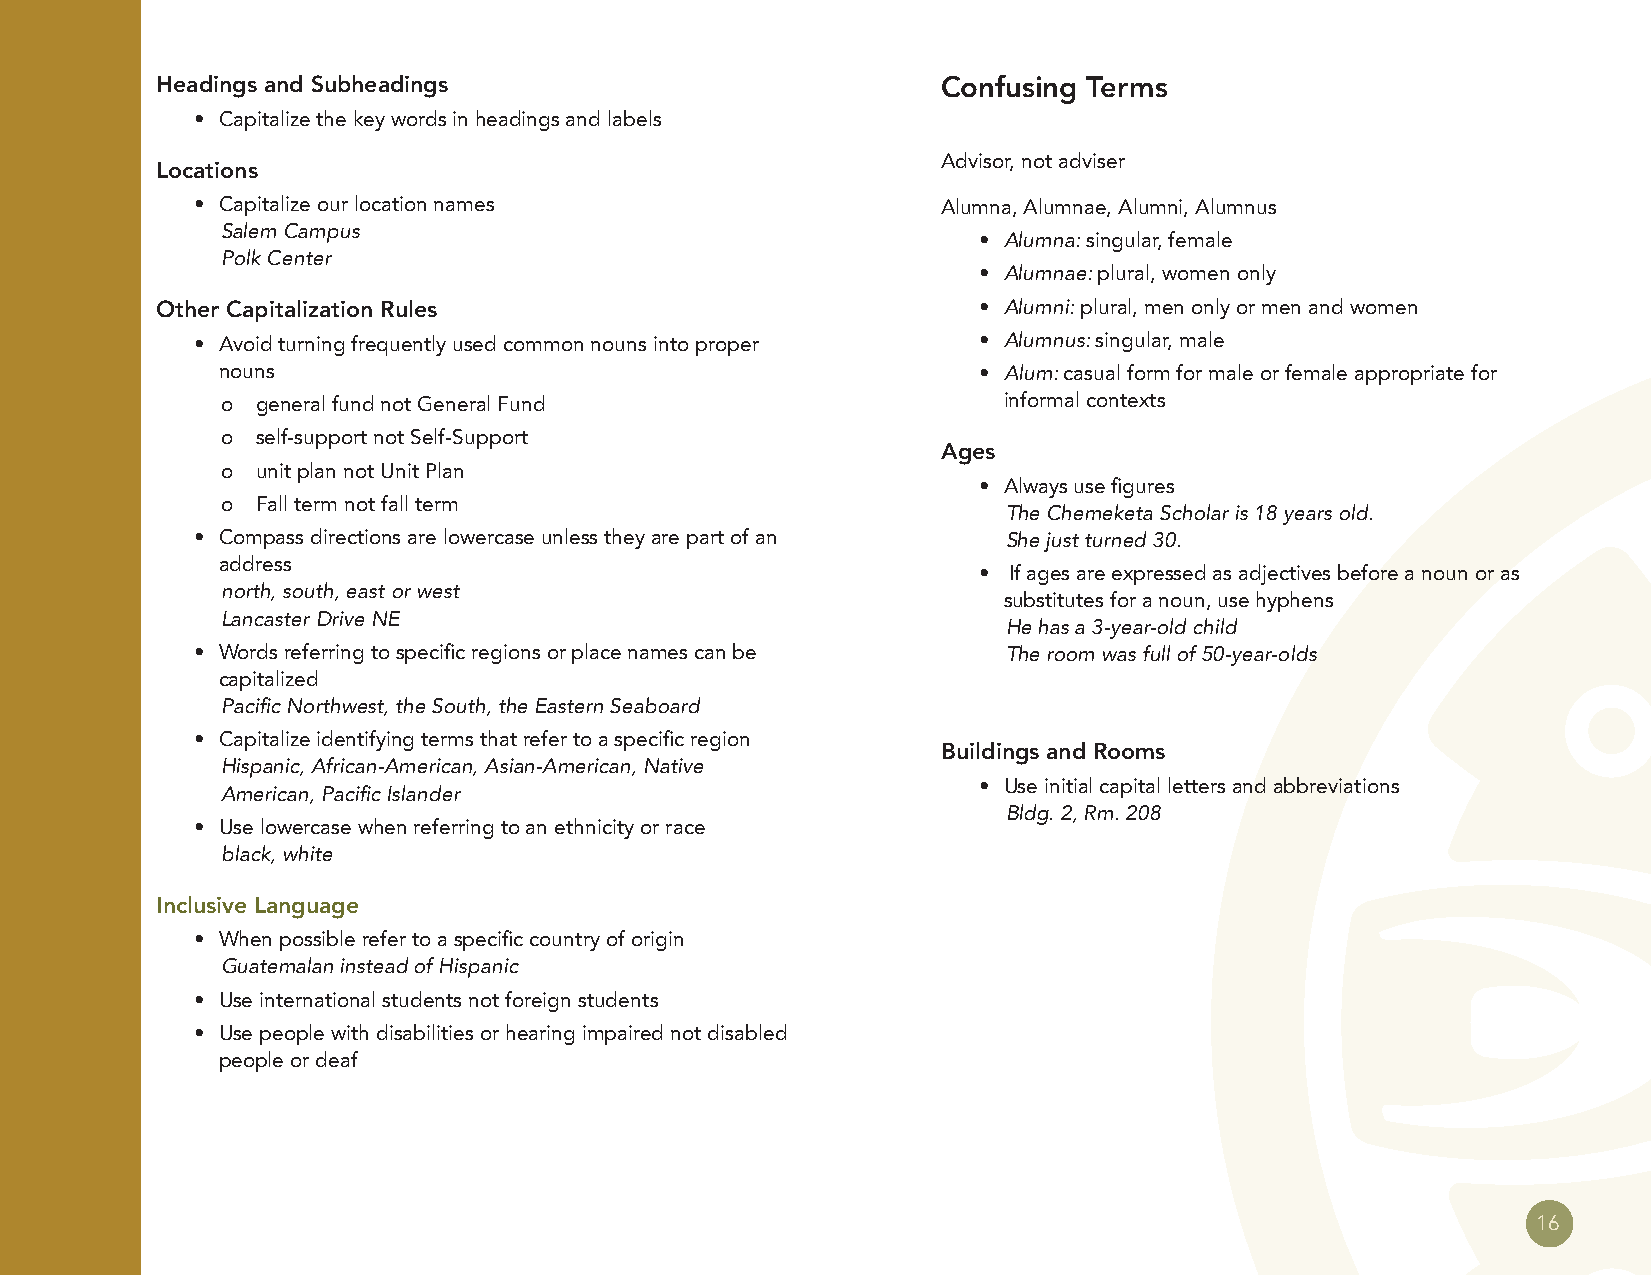
Headings and Subheadings                            Confusing Terms
 • Capitalize the key words in headings and labels
 Advisor, not adviser
 Locations
 • Capitalize our location names                  Alumna, Alumnae, Alumni, Alumnus
 Salem Campus
 • Alumna: singular, female
 Polk Center
 • Alumnae: plural, women only
 Other Capitalization Rules                             • Alumni: plural, men only or men and women
 • Avoid turning frequently used common nouns into proper • Alumnus: singular, male
 nouns                                              • Alum: casual form for male or female appropriate for
 o general fund not General Fund                    informal contexts
 o self-support not Self-Support
 Ages
 o unit plan not Unit Plan
 • Always use figures
 o Fall term not fall term
 The Chemeketa Scholar is 18 years old.
 • Compass directions are lowercase unless they are part of an She just turned 30.
 address
 • If ages are expressed as adjectives before a noun or as
 north, south, east or west
 substitutes for a noun, use hyphens
 Lancaster Drive NE
 He has a 3-year-old child
 • Words referring to specific regions or place names can be The room was full of 50-year-olds
 capitalized
 Pacific Northwest, the South, the Eastern Seaboard
 • Capitalize identifying terms that refer to a specific region
 Buildings and Rooms
 Hispanic, African-American, Asian-American, Native
 • Use initial capital letters and abbreviations
 American, Pacific Islander
 Bldg. 2, Rm. 208
 • Use lowercase when referring to an ethnicity or race
 black, white
 Inclusive Language
 • When possible refer to a specific country of origin
 Guatemalan instead of Hispanic
 • Use international students not foreign students
 • Use people with disabilities or hearing impaired not disabled
 people or deaf
 16